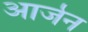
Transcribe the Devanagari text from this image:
आर्जन